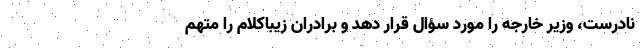
نادرست، وزیر خارجه را مورد سؤال قرار دهد و برادران زیبا‌کلام را متهم